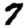
Digit: 7